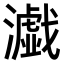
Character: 𤂴